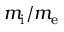
m _ { \mathrm { i } } / m _ { \mathrm { e } }